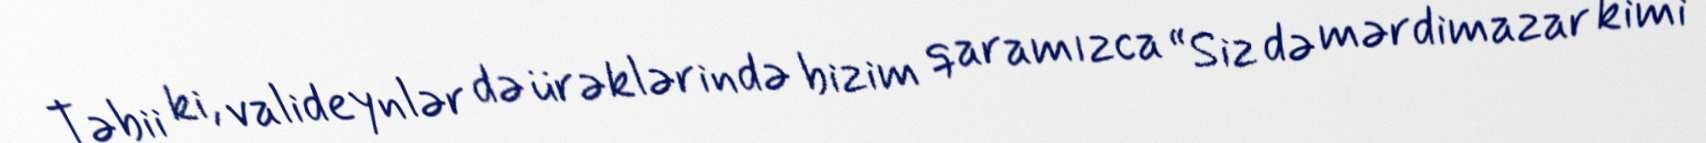
Təbii ki, valideynlər də ürəklərində bizim qaramızca “Siz də mərdimazar kimi